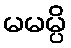
မမမ္ပိ